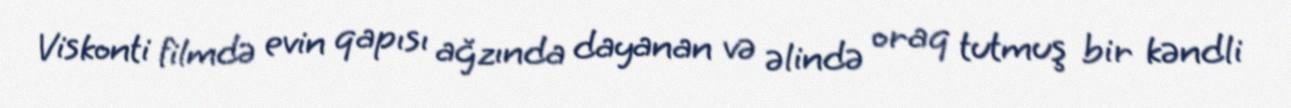
Viskonti filmdə evin qapısı ağzında dayanan və əlində oraq tutmuş bir kəndli